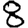
Digit: 8